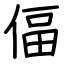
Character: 偪